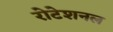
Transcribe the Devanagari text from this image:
रोटेशनल